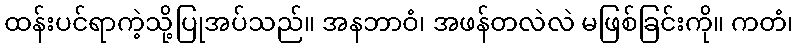
ထန်းပင်ရာကဲ့သို့ပြုအပ်သည်။ အနဘာဝံ၊ အဖန်တလဲလဲ မဖြစ်ခြင်းကို။ ကတံ၊